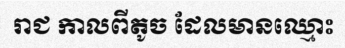
រាជ កាលពីតូច ដែលមានឈ្មោះ